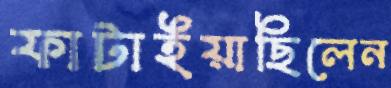
ফাটাইয়াছিলেন